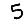
Digit: 5